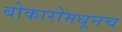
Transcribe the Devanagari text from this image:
बोकारोमधूनच